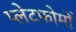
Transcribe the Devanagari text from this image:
प्लेटफोर्मों